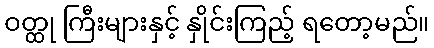
ဝတ္ထု ကြီးများနှင့် နှိုင်းကြည့် ရတော့မည်။